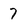
Character: 7